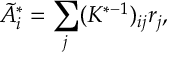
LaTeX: \tilde { A } _ { i } ^ { * } = \sum _ { j } ( K ^ { * - 1 } ) _ { i j } r _ { j } ,